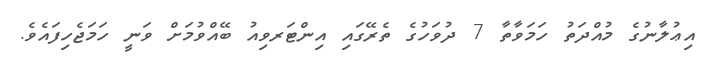
އިޢުލާނުގެ މުއްދަތު ހަމަވާތާ 7 ދުވަހުގެ ތެރޭގައި އިންޓަރވިއު ބޭއްވުމަށް ވަނީ ހަމަޖެހިފައެވެ.